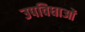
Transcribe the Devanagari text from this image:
उपविधाओं